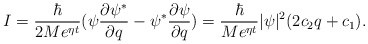
\begin{align*}I=\frac \hbar {2Me^{\eta t}}(\psi \frac{\partial \psi ^{*}}{\partial q}-\psi^{*}\frac{\partial \psi }{\partial q})=\frac \hbar {Me^{\eta t}}|\psi|^2(2c_2q+c_1). \end{align*}